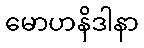
မောဟနိဒါနာ